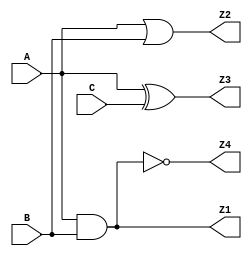
module combinational_logic (
    input wire A,      // Input A
    input wire B,      // Input B
    input wire C,      // Input C
    output wire Z1,    // Output Z1 (AND operation)
    output wire Z2,    // Output Z2 (OR operation)
    output wire Z3,    // Output Z3 (XOR operation)
    output wire Z4     // Output Z4 (NAND operation)
);

// Functionality Specification
// Z1 = A AND B
assign Z1 = A & B;

// Z2 = A OR B
assign Z2 = A | B;

// Z3 = A XOR C
assign Z3 = A ^ C;

// Z4 = NOT (A AND B)
assign Z4 = ~(A & B);

// Additional combinational logic can be added here

endmodule